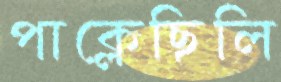
পাক্‌লেছিলি